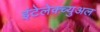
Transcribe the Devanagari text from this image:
इंटेलेक्च्युअल